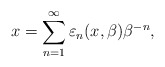
\begin{align*}x=\sum_{n=1}^{\infty }\varepsilon _{n}(x,\beta )\beta ^{-n},\end{align*}